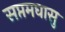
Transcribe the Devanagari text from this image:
सप्तमघासु